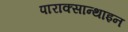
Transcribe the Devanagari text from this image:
पाराक्सान्थाइन